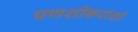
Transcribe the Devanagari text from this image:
पणशीकरांशी